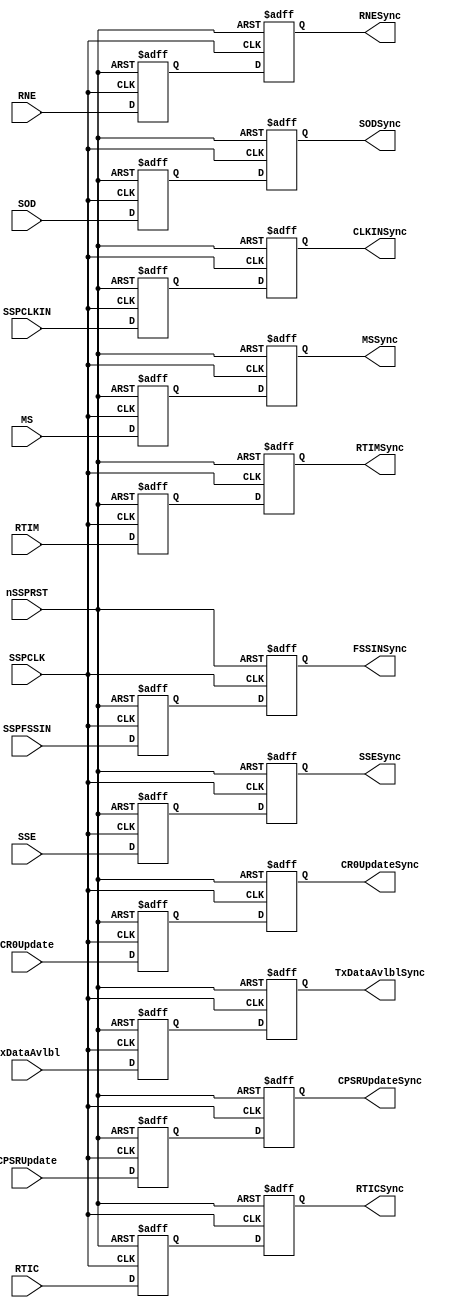
// --=========================================================================--
//  This confidential and proprietary software may be used only as
//  authorised by a licensing agreement from ARM Limited
//    (C) COPYRIGHT 2007-2008 ARM Limited
//        ALL RIGHTS RESERVED
//  The entire notice above must be reproduced on all authorised
//  copies and copies may only be made to the extent permitted
//  by a licensing agreement from ARM Limited.
//  ----------------------------------------------------------------------------
//  
//  Version and Release Control Information:
//  
//  File Revision          : 20359
//  
//  Release Information : Cortex-M0 DesignStart-r2p0-00rel0
//  
//  ----------------------------------------------------------------------------
  
//------------------------------------------------------------------------------

// Purpose      : Synchronisers for signals crossing from PCLK domain to
//                SSPCLK domain

// --=========================================================================--

`timescale 1ns/1ps

//  ----------------------------------------------------------------------------


module SspSynctoSSPCLK (
// Inputs
                        SSPCLK, 
                        nSSPRST, 
                        SSPCLKIN, 
                        SSPFSSIN, 
                        TxDataAvlbl, 
                        SSE, 
                        MS, 
                        SOD, 
                        CR0Update, 
                        CPSRUpdate,
                        RTIC,
                        RNE,
                        RTIM,
// Outputs
                        CLKINSync,
                        FSSINSync, 
                        TxDataAvlblSync, 
                        SSESync, 
                        MSSync, 
                        SODSync,
                        CR0UpdateSync, 
                        CPSRUpdateSync,
                        RTICSync,
                        RNESync,
                        RTIMSync 
                      );
// Inputs
input  SSPCLK;          // Main SSP clock
input  nSSPRST;         // Muxed reset (from nSSPRST)
input  SSPCLKIN;        // Serial Clock input
input  SSPFSSIN;        // Serial Frame input
input  TxDataAvlbl;     // TX data available
input  SSE;             // SSP enable
input  MS;              // Master / Slave Select bit
input  SOD;             // Slave Output Disable bit
input  CR0Update;       // Ctrl signal for SSPCR0 sync
input  CPSRUpdate;      // Trigger for SSPCPSR Sync
input  RTIC;            // Rx Time Out Interrupt Clear
input  RNE;             // Rx FIFO Not Empty
input  RTIM;            // Rx Time Interrupt Mask

//Outputs
output CLKINSync;       // To TxRx block
output FSSINSync;       // To TxRx block
output TxDataAvlblSync; // To TxRx block
output SSESync;         // SSP enable
output MSSync;          // Master/Slave Enable bit
output SODSync;         // Slave Output Disable 
output CR0UpdateSync;   // To Prescaler
output CPSRUpdateSync;  // To Prescaler
output RTICSync;        // RTIC  synchronised
output RNESync;         // RNE synchronised
output RTIMSync;        // RTIM  synchronised

//------------------------------------------------------------------------------
//
//                               SspSynctoSSPCLK
//                               ===============
//
//------------------------------------------------------------------------------
//
// Overview
// ========
//
// This block implements the synchronisers for signals crossing over from the
// PCLK domain to the SSPCLK domain. The signals are 'double-synchronise'd using
// inferred d-type flip-flops.
//------------------------------------------------------------------------------

//------------------------------------------------------------------------------
// Register Declarations
//------------------------------------------------------------------------------
reg CR0UpdateSync1;
// 1st stage synchronised version of CR0Update input

reg CR0UpdateSync;
// 2nd stage synchronised version of CR0Update input

reg TxDataAvlblSync1;
// 1st stage synchronised version of TxDataAvlbl input

reg TxDataAvlblSync;
// 2nd stage synchronised version of TxDataAvlbl input

reg SSESync1;
// 1st stage synchronised version of SSE input

reg SSESync;
// 2nd stage synchronised version of SSE input

reg CPSRUpdateSync1;
// 1st stage synchronised version of CPSRUpdate input

reg CPSRUpdateSync;
// 2nd stage synchronised version of CPSRUpdate input

reg CLKINSync1;
// 1st stage synchronised version of SCLKIN input

reg CLKINSync;
// 2nd stage synchronised version of SCLKIN input

reg FSSINSync1;
// 1st stage synchronised version of SSPFSSIN input

reg FSSINSync;
// 2nd stage synchronised version of SSPFSSIN input

reg MSSync1;
// 1st stage synchronised version of MS input

reg MSSync;
// 2nd stage synchronised version of MS input

reg SODSync1;
// 1st stage synchronised version of SOD input

reg SODSync;
// 2nd stage synchronised version of SOD input

reg RTICSync1;
// 1st stage synchronised version of RTIC input

reg RTICSync;
// 2nd stage synchronised version of RTIC input

reg RNESync1;
// 1st stage synchronised version of RNE input

reg RNESync;
// 2ns stage synchronised version of RNE input

reg RTIMSync1;
// 1st stage synchronised version of RTIM input
 
reg RTIMSync;
// 2nd stage synchronised version of RTIM input
 

//------------------------------------------------------------------------------
//
// Main body of code
// =================
//
//------------------------------------------------------------------------------

//------------------------------------------------------------------------------
// Double-synchronise with inferred D-types
//------------------------------------------------------------------------------
always @(posedge SSPCLK or negedge nSSPRST)
begin : p_Sync
  if (nSSPRST == 1'b0) 
    begin
      CR0UpdateSync1   <= 1'b0;
      CR0UpdateSync    <= 1'b0;
      TxDataAvlblSync1 <= 1'b0;
      TxDataAvlblSync  <= 1'b0;
      SSESync1         <= 1'b0;
      SSESync          <= 1'b0;
      CPSRUpdateSync1  <= 1'b0;
      CPSRUpdateSync   <= 1'b0;
      CLKINSync1       <= 1'b0;
      CLKINSync        <= 1'b0;
      FSSINSync1       <= 1'b1;
      FSSINSync        <= 1'b1;
      MSSync1          <= 1'b0;
      MSSync           <= 1'b0;
      SODSync          <= 1'b0;
      SODSync1         <= 1'b0;
      RTICSync         <= 1'b0;
      RTICSync1        <= 1'b0;
      RNESync          <= 1'b0;
      RNESync1         <= 1'b0;
      RTIMSync         <= 1'b0;
      RTIMSync1        <= 1'b0;
    end 
  else 
    begin 
      CR0UpdateSync1   <= CR0Update;
      CR0UpdateSync    <= CR0UpdateSync1;

      TxDataAvlblSync1 <= TxDataAvlbl;
      TxDataAvlblSync  <= TxDataAvlblSync1;

      SSESync1         <= SSE;
      SSESync          <= SSESync1;

      CLKINSync1       <= SSPCLKIN;
      CLKINSync        <= CLKINSync1;

      FSSINSync1       <= SSPFSSIN;
      FSSINSync        <= FSSINSync1;

      MSSync1          <= MS;
      MSSync           <= MSSync1;

      SODSync1         <= SOD;
      SODSync          <= SODSync1;

      RTICSync1        <= RTIC;
      RTICSync         <= RTICSync1;

      RNESync1         <= RNE;
      RNESync          <= RNESync1;

      RTIMSync1        <= RTIM;
      RTIMSync         <= RTIMSync1;
    
      CPSRUpdateSync1  <= CPSRUpdate;
      CPSRUpdateSync   <= CPSRUpdateSync1;
    end
end // p_Sync

endmodule

//================================== End =====================================--